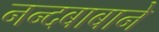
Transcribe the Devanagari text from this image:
नन्दबाबाने